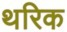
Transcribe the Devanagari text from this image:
थरिक